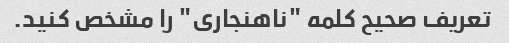
تعریف صحیح کلمه "ناهنجاری" را مشخص کنید.